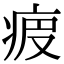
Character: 𤵷